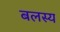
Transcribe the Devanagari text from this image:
बलस्य